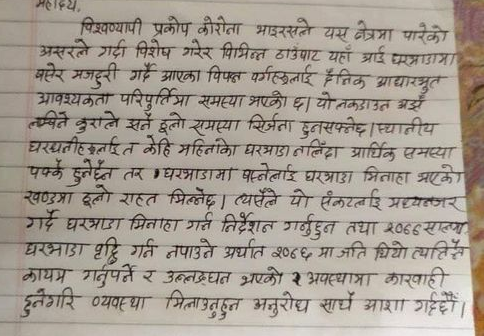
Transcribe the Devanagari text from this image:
महादय,
विश्वव्यापी प्रकोप कोरोना भाइरसले यस क्षेत्रमा पारेको
असरले गर्दा विशेष गरेर विभिन्न ठाउँबाट यहाँ आई घरभाडामा
बसेर मजदुरी गर्दै आएका विपन्न वर्गहरूलाई दैनिक आधारभुत
आवश्यकता परिपुर्तिमा समस्या भएको छ। यो लकडाउन अझै
लाखिने कुराले झनै ठूलो समस्या सिर्जना हुनसक्नेछ। स्थानीय
घरधनीहरूलाई त केहि महिनाको घरभाडा नलिँदा आर्थिक समस्या
पक्के हुनेछैन तर घरभाडामा पस्नेलाई घरभाडा मिनाहा भएको
खण्डमा ठूलो राहत मिल्नेछ । त्यसैले यो संकटलाई मध्यनजर
गर्दै घरभाडा मिनाहा गर्न निर्देशन गर्नुहुन तथा 2066 साल्या
घरभाडा वृद्धि गर्न नपाउने अर्थात २००६ मा जति थियो त्यत्तित
कायम गर्नुपर्ने र उल्लङ्‌घन भएको अवस्थामा कारवाही
हुनेगरि व्यवस्था मिलाउनुहुन अनुरोध साधे आशा गर्दछौं।